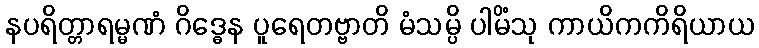
နပရိတ္တာရမ္မဏံ ဂိဒ္ဓေန ပူရေတဗ္ဗာတိ မံသမ္ပိ ပါမိံသု ကာယိကကိရိယာယ